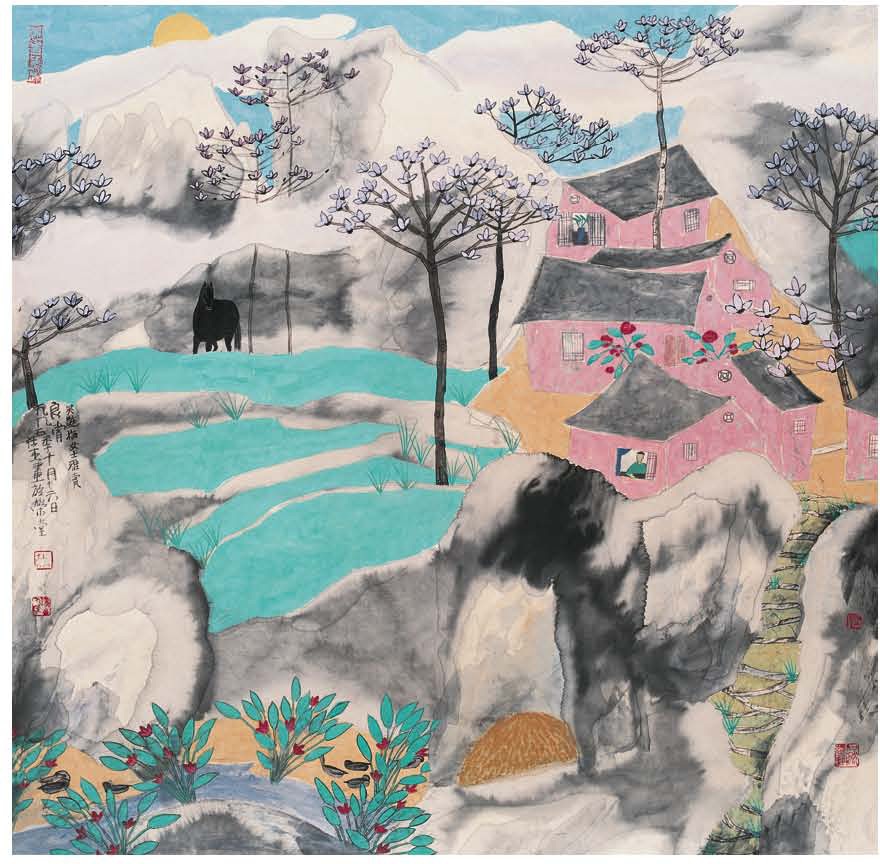
顽老情怀，都无欢事，良宵爱幽独。